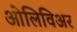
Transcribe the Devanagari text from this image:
ओलिविअर